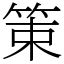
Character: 䇿